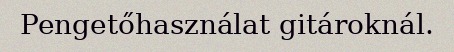
Pengetőhasználat gitároknál.